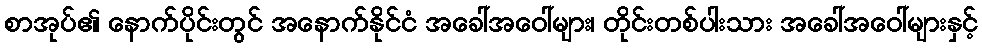
စာအုပ်၏ နောက်ပိုင်းတွင် အနောက်နိုင်ငံ အခေါ်အဝေါ်များ၊ တိုင်းတစ်ပါးသား အခေါ်အဝေါ်များနှင့်